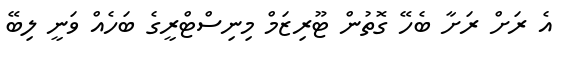
އެ ރަށް ރަށާ ބެހޭ ގޮތުން ޓޫރިޒަމް މިނިސްޓްރީގެ ބަހެއް ވަނީ ލިބޭ